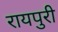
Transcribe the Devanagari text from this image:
रायपुरी